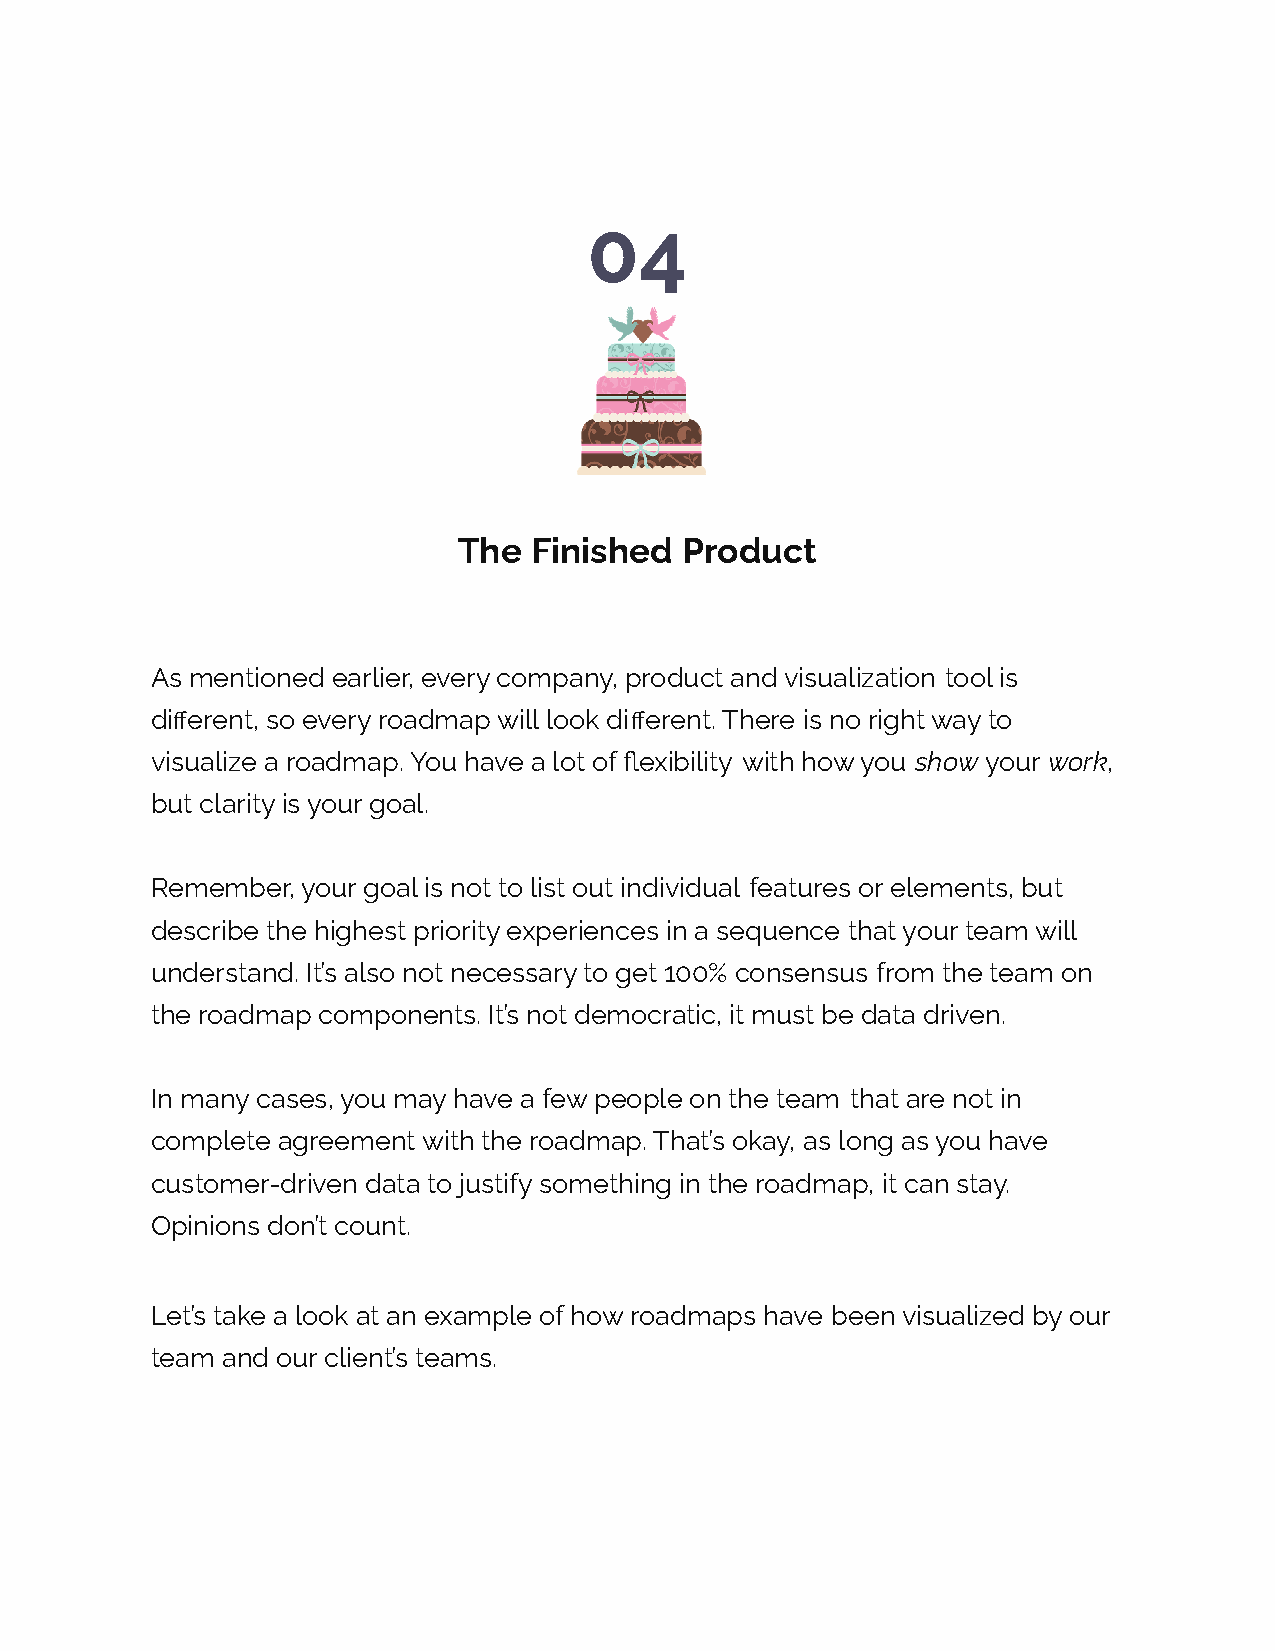
04
 The  Finished  Product
 As mentioned earlier, every company, product and visualization tool is
 different, so every roadmap will look different. There is no right way to
 visualize a roadmap. You have a lot of flexibility with how you show your work,
 but clarity is your goal.
 Remember, your goal is not to list out individual features or elements, but
 describe the highest priority experiences in a sequence that your team will
 understand. It’s also not necessary to get 100% consensus from the team on
 the roadmap components. It’s not democratic, it must be data driven.
 In many cases, you may have a few people on the team that are not in
 complete agreement with the roadmap. That’s okay, as long as you have
 customer-driven data to justify something in the roadmap, it can stay.
 Opinions don’t count.
 Let’s take a look at an example of how roadmaps have been visualized by our
 team and our client’s teams.